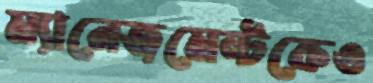
ম্যানেজমেন্টকেও